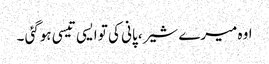
اوہ میرے شیر، پانی کی تو ایسی تیسی ہوگئی ۔